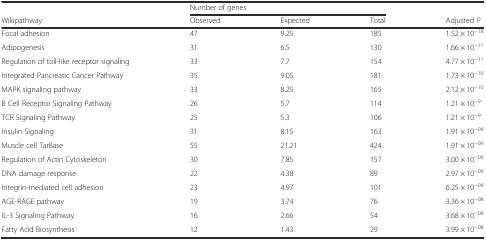
<table><thead><tr><td></td><td colspan="3"><b>Number of genes</b></td><td></td></tr><tr><td><b>Wikipathway</b></td><td><b>Observed</b></td><td><b>Expected</b></td><td><b>Total</b></td><td><b>Adjusted <i>P</i></b></td></tr></thead><tbody><tr><td>Focal adhesion</td><td>47</td><td>9.25</td><td>185</td><td>1.52 × 10<sup>−18</sup></td></tr><tr><td>Adipogenesis</td><td>31</td><td>6.5</td><td>130</td><td>1.66 × 10<sup>−11</sup></td></tr><tr><td>Regulation of toll-like receptor signaling</td><td>33</td><td>7.7</td><td>154</td><td>4.77 × 10<sup>−11</sup></td></tr><tr><td>Integrated Pancreatic Cancer Pathway</td><td>35</td><td>9.05</td><td>181</td><td>1.73 × 10<sup>−10</sup></td></tr><tr><td>MAPK signaling pathway</td><td>33</td><td>8.25</td><td>165</td><td>2.12 × 10<sup>−10</sup></td></tr><tr><td>B Cell Receptor Signaling Pathway</td><td>26</td><td>5.7</td><td>114</td><td>1.21 × 10<sup>−9</sup></td></tr><tr><td>TCR Signaling Pathway</td><td>25</td><td>5.3</td><td>106</td><td>1.21 × 10<sup>−9</sup></td></tr><tr><td>Insulin Signaling</td><td>31</td><td>8.15</td><td>163</td><td>1.91 × 10<sup>−09</sup></td></tr><tr><td>Muscle cell TarBase</td><td>55</td><td>21.21</td><td>424</td><td>1.91 × 10<sup>−09</sup></td></tr><tr><td>Regulation of Actin Cytoskeleton</td><td>30</td><td>7.85</td><td>157</td><td>3.00 × 10<sup>−09</sup></td></tr><tr><td>DNA damage response</td><td>22</td><td>4.38</td><td>89</td><td>2.97 × 10<sup>−09</sup></td></tr><tr><td>Integrin-mediated cell adhesion</td><td>23</td><td>4.97</td><td>101</td><td>6.25 × 10<sup>−09</sup></td></tr><tr><td>AGE-RAGE pathway</td><td>19</td><td>3.74</td><td>76</td><td>3.36 × 10<sup>−08</sup></td></tr><tr><td>IL-3 Signaling Pathway</td><td>16</td><td>2.66</td><td>54</td><td>3.68 × 10<sup>−08</sup></td></tr><tr><td>Fatty Acid Biosynthesis</td><td>12</td><td>1.43</td><td>29</td><td>3.99 × 10<sup>−08</sup></td></tr></tbody></table>